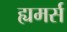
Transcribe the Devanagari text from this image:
ह्यमर्स